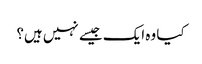
کیا وہ ایک جیسے نہیں ہیں؟